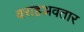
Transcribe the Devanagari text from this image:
वराहअवतार